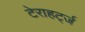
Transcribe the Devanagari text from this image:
टेराहर्ट्ज